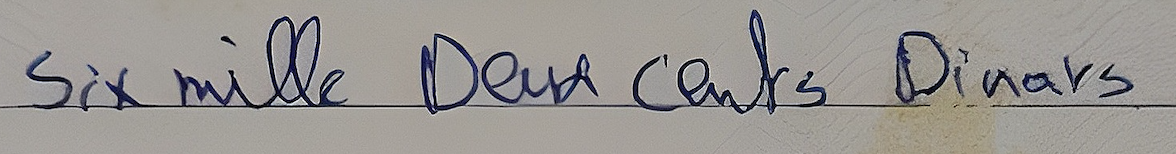
Six mille Deux cents Dinars